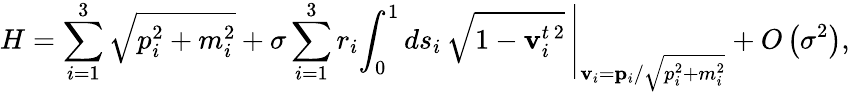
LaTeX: H=\sum_{i=1}^{3}\sqrt{p_{i}^{2}+m_{i}^{2}}+\sigma\sum_{i=1}^{3}r_{i}\left.\int_{0}^{1}ds_{i}\, \sqrt{1-{\mathbf v}_{i}^{t\, 2}}\, \right|_{{\mathbf v}_{i}={\mathbf p}_{i}/\sqrt{p_{i}^{2}+m_{i}^{2}}}+O\left(\sigma^{2}\right),